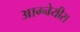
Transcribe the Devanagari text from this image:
आग्‍नेयीस